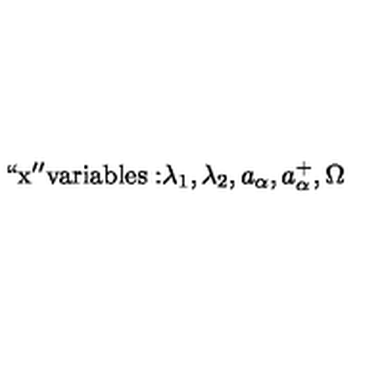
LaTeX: \mathrm { ` ` x ' ' v a r i a b l e s : } \lambda _ { 1 } , \lambda _ { 2 } , a _ { \alpha } , a _ { \alpha } ^ { + } , \Omega